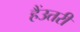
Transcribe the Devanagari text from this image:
हैंउतरी